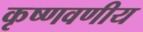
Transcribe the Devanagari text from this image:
कृष्णवणीय